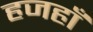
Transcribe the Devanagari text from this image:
हजहाँ